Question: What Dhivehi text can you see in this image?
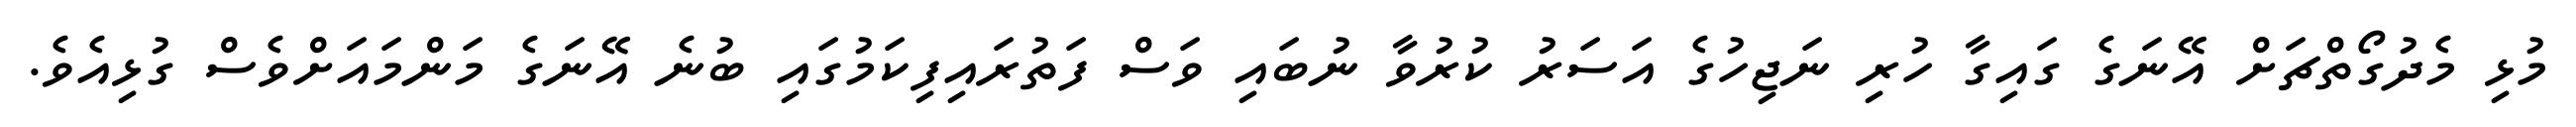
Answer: މުޅި މެދުގޯތްޗަށް އޭނަގެ ގައިގާ ހުރި ނަޖިހުގެ އަސަރު ކުރުވާ ނުބައި ވަސް ފަތުރައިފިކަމުގައި ބުނެ އޭނަގެ މަންމައަށްވެސް ގުޅިއެވެ.